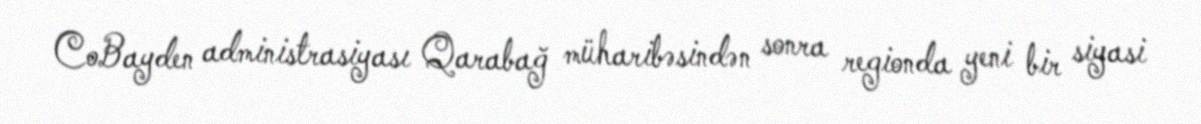
CoBayden administrasiyası Qarabağ müharibəsindən sonra regionda yeni bir siyasi